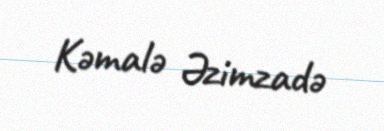
Kəmalə Əzimzadə